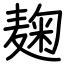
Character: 麹